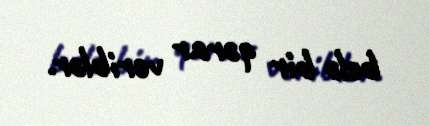
belə bir qərar veriblər.